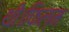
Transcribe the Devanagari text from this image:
थीं।फिल्म